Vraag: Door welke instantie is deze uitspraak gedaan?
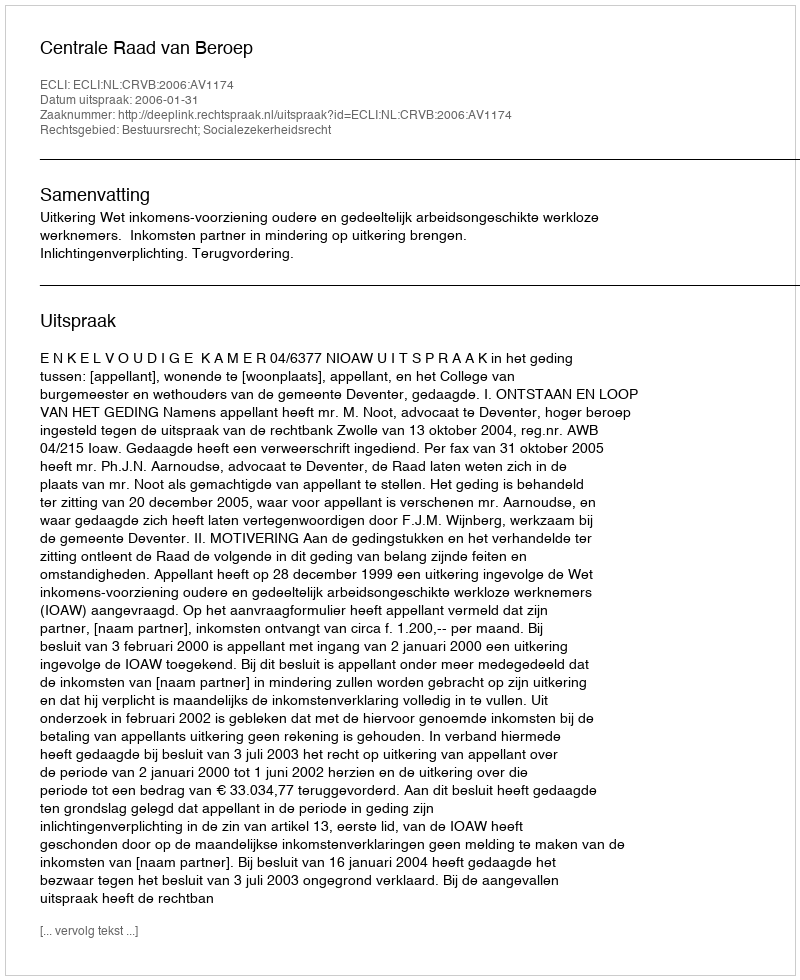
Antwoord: Centrale Raad van Beroep